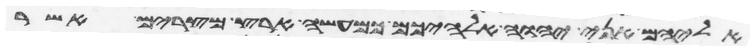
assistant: אליהם אני יהוה אלהיכם כמעשה ארץ מצרים אשר